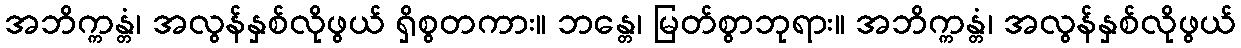
အဘိက္ကန္တံ၊ အလွန်နှစ်လိုဖွယ် ရှိစွတကား။ ဘန္တေ၊ မြတ်စွာဘုရား။ အဘိက္ကန္တံ၊ အလွန်နှစ်လိုဖွယ်